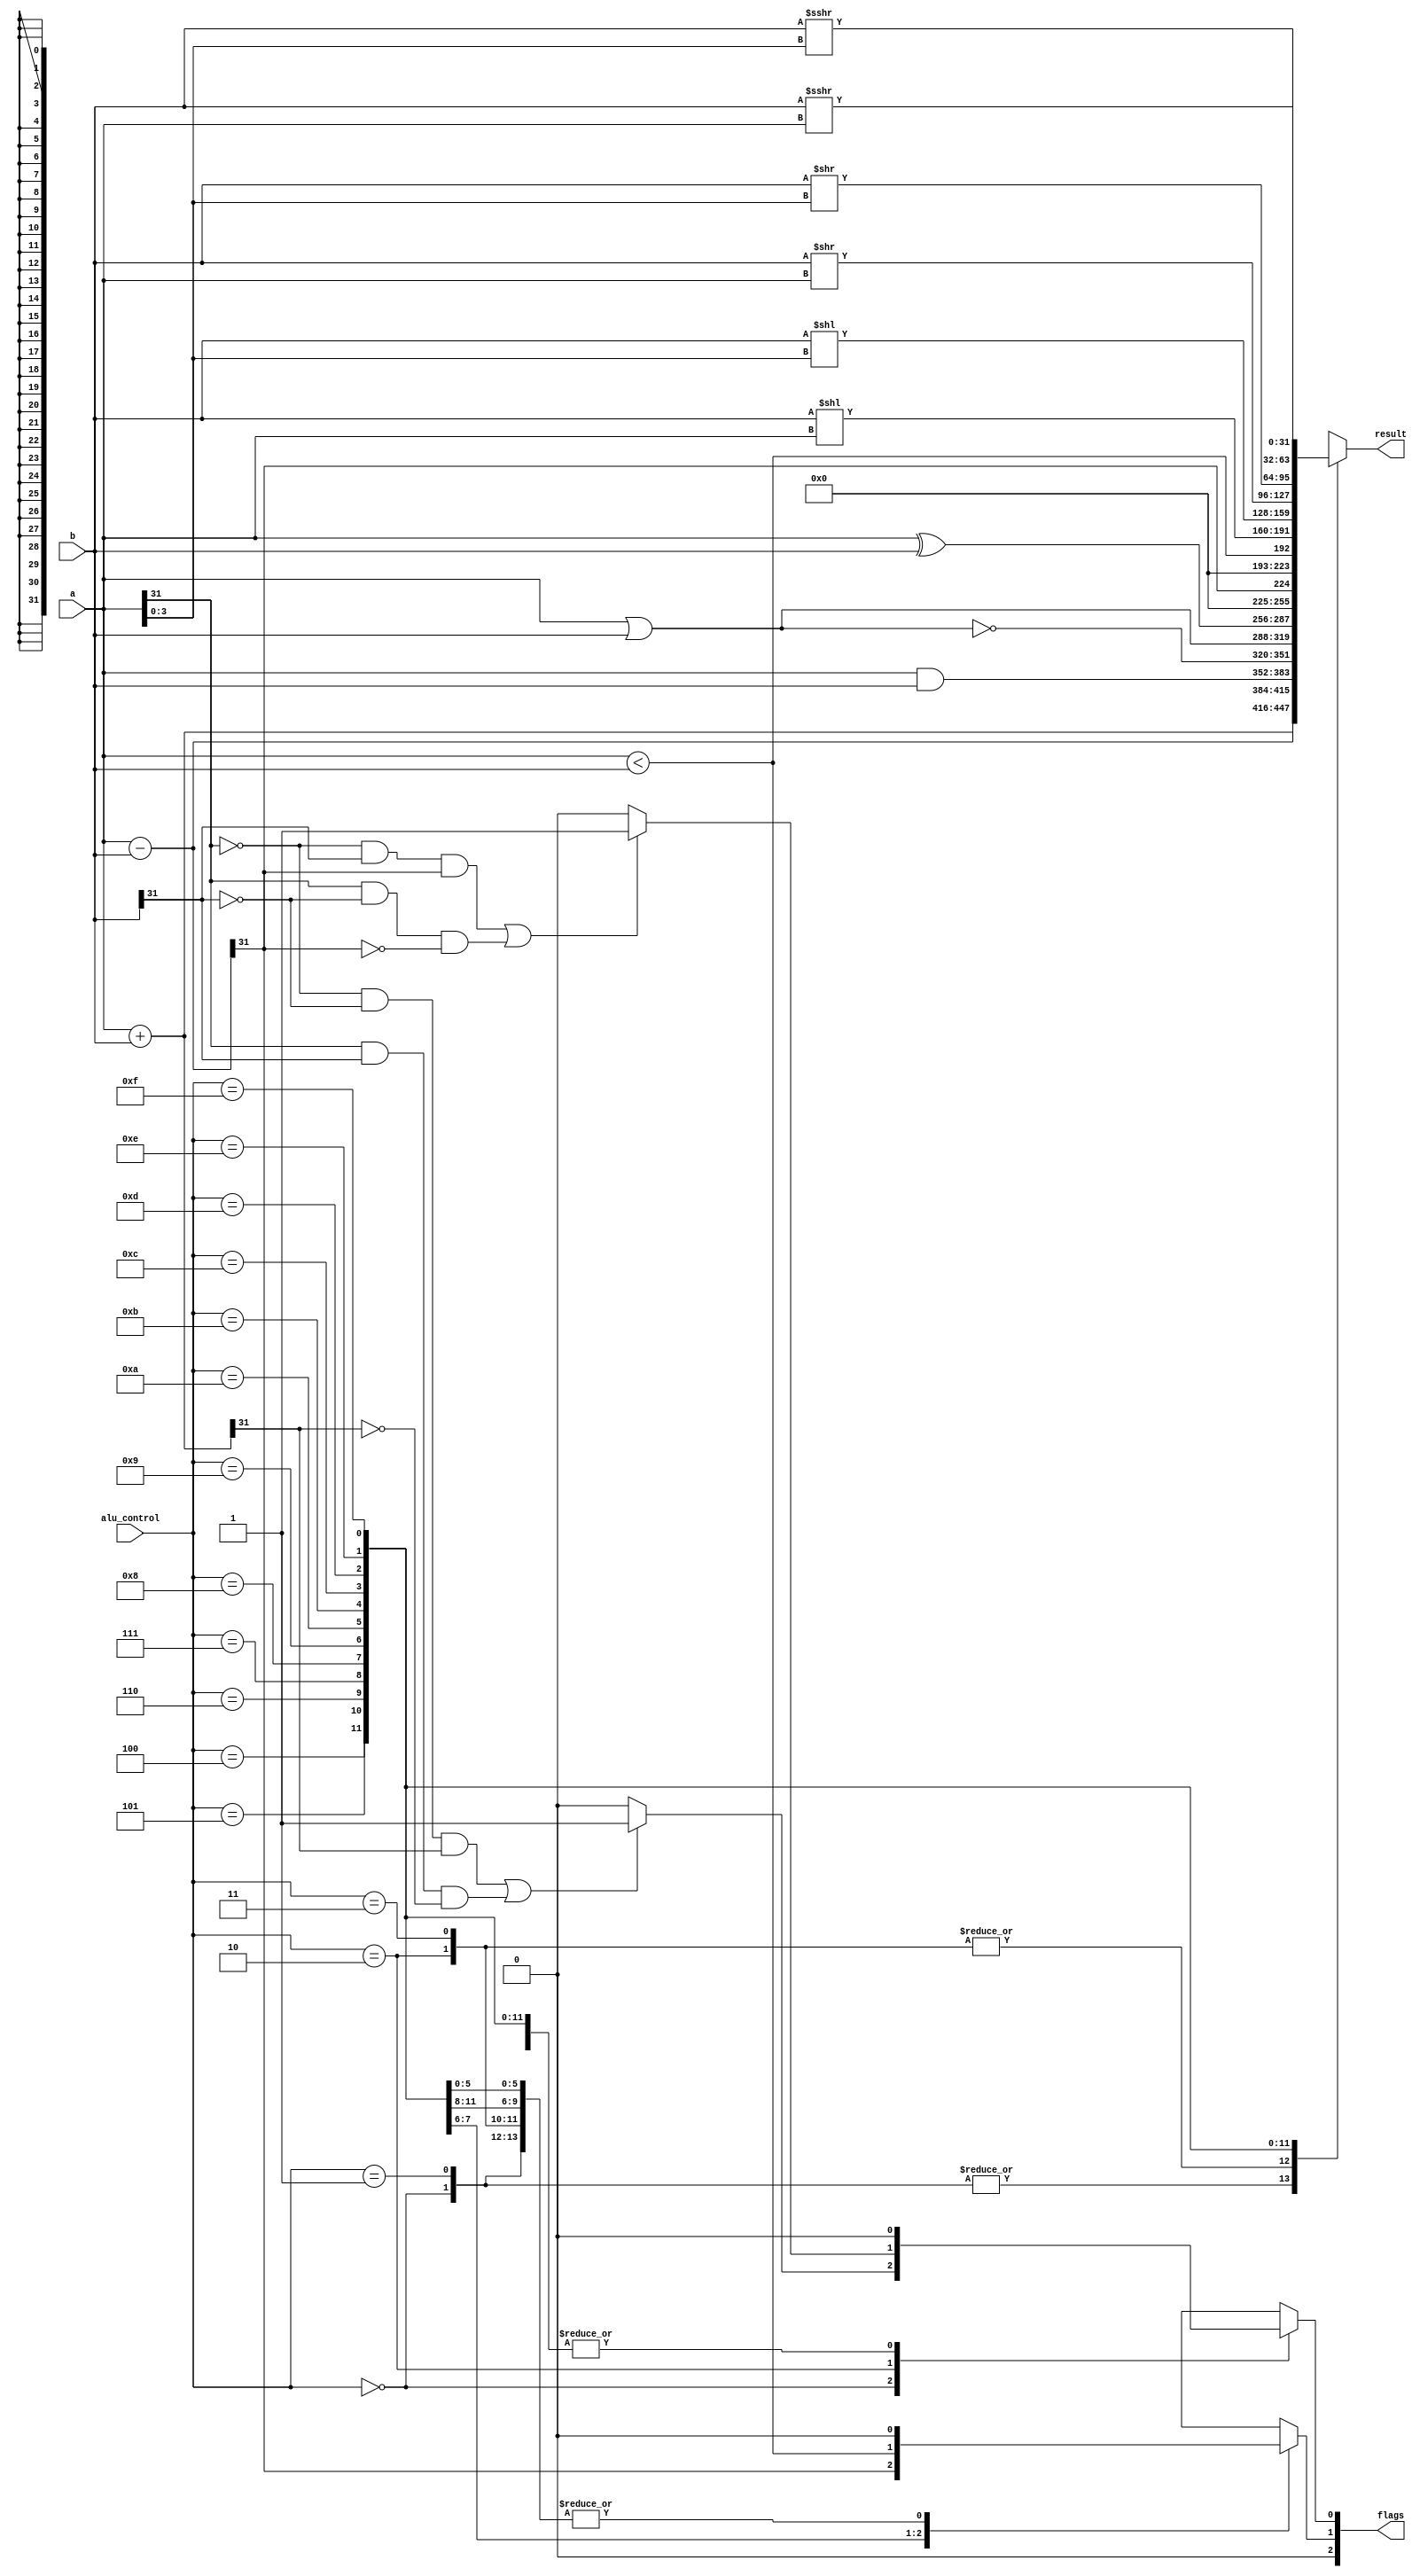
module alu(
    input wire [3:0] alu_control,
    input wire [31:0] a,
    input wire [31:0] b,
    
    output reg [31:0] result,
    output reg [2:0] flags
);

/* alu_control list:
add=0,
addu=1,
sub=2,
subu=3,
and=4,
nor=5,
or=6,
xor=7,
slt=8
sltu=9,
sll=10,
sllv=11,
srl=12,
srlv=13,
sra=14,
srav=15.*/

reg[31:0] temp;

always @(*)
begin
    temp=0;
    result=0;
    flags=0;
    case(alu_control)
    0://add
    begin
        result=a+b;
        if(!a[31]&&!b[31]&&result[31]||a[31]&&b[31]&&!result[31])
            flags[0]=1;
        else
            flags[0]=0;
    end

    1://addu
    begin
        result=a+b;
    end

    2://sub
    begin
        result=a-b;
        if(!a[31]&&b[31]&&result[31]||a[31]&&!b[31]&&!result[31])
            flags[0]=1;
        else
            flags[0]=0;
    end

    3://subu
    begin
        result=a-b;
    end

    4://and
    begin
        result=a&b;
    end

    5://nor
    begin
        result=~(a|b);
    end

    6://or
    begin
        result=a|b;
    end

    7://xor
    begin
        result=a^b;
    end

    8://slt
    begin
        temp=a-b;
        flags[1]=temp[31];
        result=temp[31];
    end

    9://sltu
    begin
        flags[1]=(a<b);
        result={31'b0,flags[1]};
    end

    10://sll
    begin
        result=b<<a;
    end

    11://sllv
    begin
        result=b<<a[3:0];
    end

    12://srl
    begin
        result=b>>a;
    end
    13://srlv
    begin
        result=b>>a[3:0];
    end

    14://sra
    begin
        result=$signed(b)>>>a;
    end

    15://srav
    begin
        result=$signed(b)>>>a[3:0];
    end
    endcase
end

endmodule